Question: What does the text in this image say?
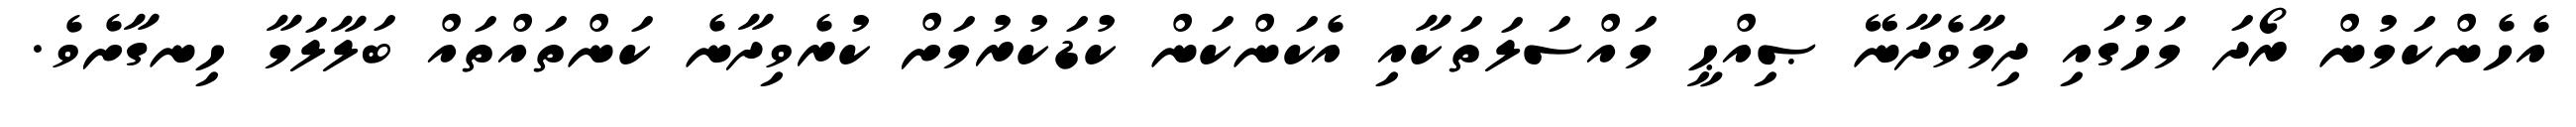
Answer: އެހެންކަމުން ރޯދަ މަހުގައި ދިމާވެދާނޭ ޞިއްޙީ މައްސަލަތަކާއި އެކަންކަން ކުޑަކުރުމަށް ކުރެވިދާނެ ކަންތައްތައް ބަލާލަމާ ހިނގާށެވެ.